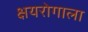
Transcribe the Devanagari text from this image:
क्षयरोगाला